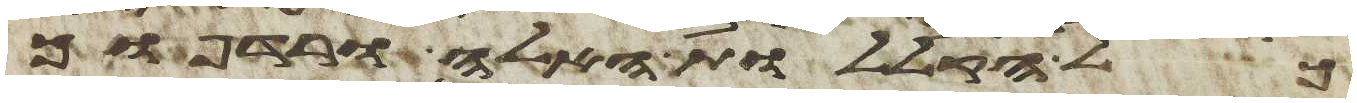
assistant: כל הקללות האלה ורדפוך